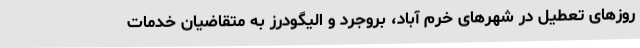
روزهای تعطیل در شهرهای خرم آباد، بروجرد و الیگودرز به متقاضیان خدمات